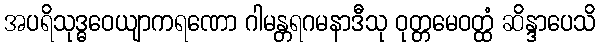
အပရိသုဒ္ဓဝေယျာကရဏော ဂါမန္တရဂမနာဒီသု ဝုတ္တမေဝတ္ထံ ဆိန္ဒာပေသိ